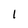
Character: 1